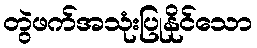
တွဲဖက်အသုံးပြုနိုင်သော